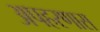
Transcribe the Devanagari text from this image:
अपहरणास